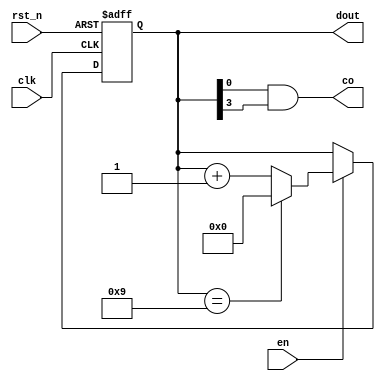
//`timescale 1ns / 1ps
//////////////////////////////////////////////////////////////////////////////////
// Company: 
// Engineer: 
// 
// Design Name: 
// Module Name: m_10
// Project Name: 
// Target Devices: 
// Tool Versions: 
// Description: 
// 
// Dependencies: 
// 
// Revision:
// Revision 0.01 - File Created
// Additional Comments:
// 
//////////////////////////////////////////////////////////////////////////////////


module m_10(clk, rst_n, en, dout, co);

    input clk,rst_n,en;
    output co;
    output[3:0] dout;
    reg [3:0] dout;
    
    always@(posedge clk or negedge rst_n)
    begin
        if(!rst_n)
            dout <=4'b0000;
        else if(en)
            if(dout==4'b1001)
                dout <= 4'b0000;
            else
                dout <= dout + 1'b1;
        else
            dout <= dout;
    end
assign co = dout[0]&dout[3];
endmodule